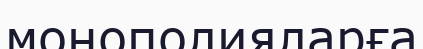
монополияларға